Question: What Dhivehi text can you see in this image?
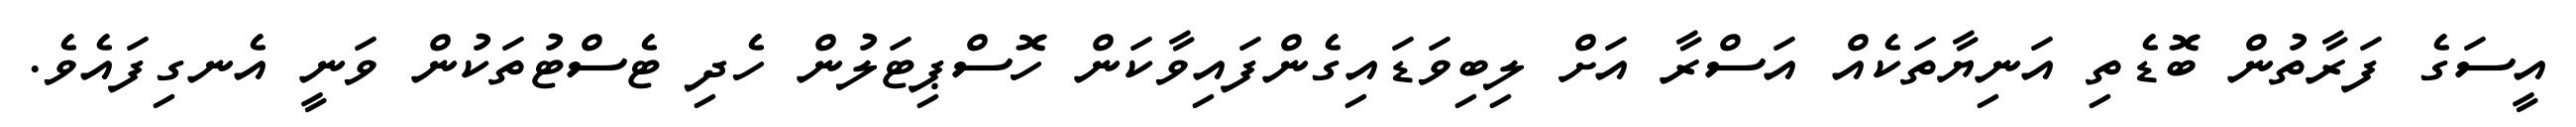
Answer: އީސަގެ ފަރާތުން ބޮޑެތި އަނިޔާތަކެއް އަސްރާ އަށް ލިބިވަޑައިގެންފައިވާކަން ހޮސްޕިޓަލުން ހެދި ޓެސްޓުތަކުން ވަނީ އެނގިފައެވެ.